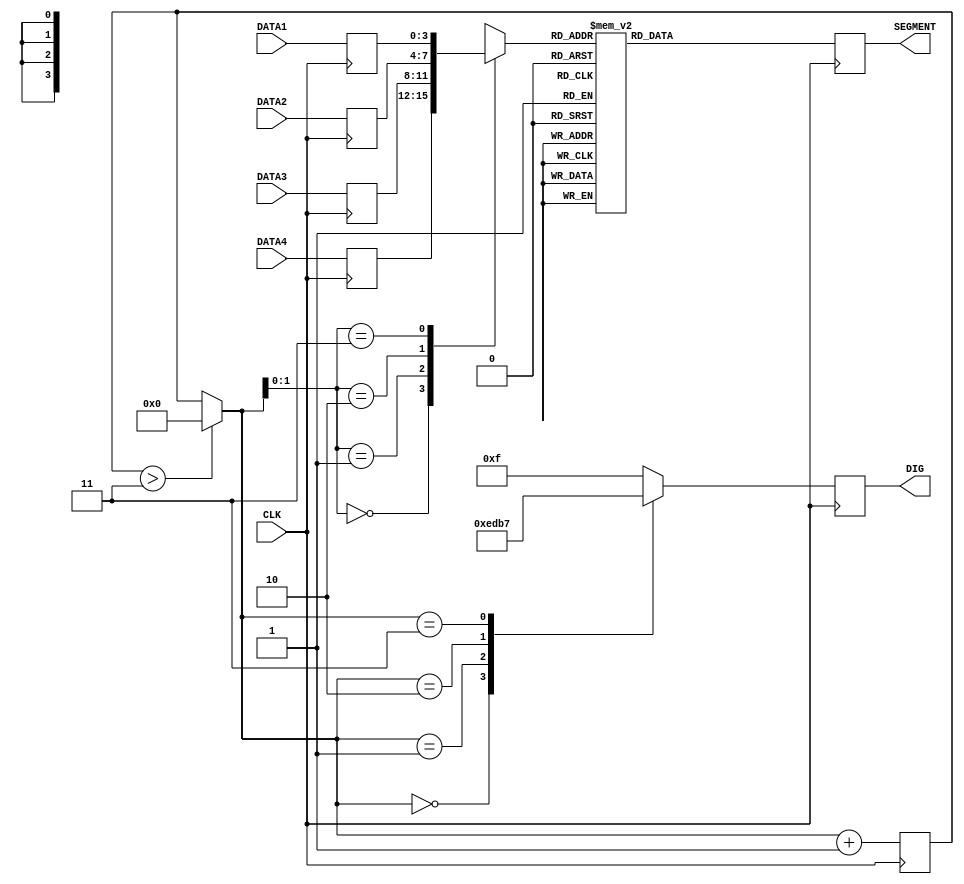
`timescale 1ns / 1ps
//////////////////////////////////////////////////////////////////////////////////
// Company: 
// 
// Design Name: 
// Module Name:    Segment7
// Project Name:   Ultrasound Range finder
// Target Devices: Spartan-3E (XC3S100E)
// Tool versions: Xilinx 14.6
// Description: This driver helps manage the 7-segment display when using
//				a set input clock (60Hz (60/4 Hz) to 240Hz (60/4 = 60Hz)
//				Frequency is divided by 4 because there are 4 7-segment displays.
//
// Dependencies: none
//
// Revision: 
// Revision 0.2 - Set main
// Additional Comments: 
//
//////////////////////////////////////////////////////////////////////////////////
module Segment7HEX(
    input CLK,
    input [3:0] DATA1, // multiple data variables,
	 input [3:0] DATA2, // this version of verilog
	 input [3:0] DATA3, // doesnt support 2D I/O arrays.
	 input [3:0] DATA4,
    output [7:0] SEGMENT,
    output [3:0] DIG
    );
	 reg [7:0] String [9:0];
	 reg [3:0] DigitState; // which digit is selected?
	 reg [7:0] SEGMENT_, DIG_;
	 reg [3:0] DATA [0:3];
	 
	 assign SEGMENT = SEGMENT_;
	 assign DIG = DIG_;
	 
	 initial begin
		DigitState = 0;
	 end
	 
	// run the clock and push the digits to the display.
	 always @(posedge CLK) begin
		DATA[3] <= DATA1; // update the data from inputs
		DATA[2] <= DATA2;
		DATA[1] <= DATA3;
		DATA[0] <= DATA4;

		if(DigitState > 3) DigitState = 0; // reset state
		// set the digit's segments
		SEGMENT_ <= getBCDFromHEX( DATA[DigitState] ); 
		// select the current digit.
		DIG_ <= getSELDigit(DigitState); 
		
		DigitState = DigitState+1; // increment digit state
	 end
	 
	 // Converts HEX character codes to BCD codes via case mapping
	 function [7:0] getBCDFromHEX;
		input [3:0] DataSelect; // HEX code
		begin
			case(DataSelect)
				0: getBCDFromHEX = ~8'b00111111; //ABCDEF      0
				1: getBCDFromHEX = ~8'b00110000; //BC          1
				2: getBCDFromHEX = ~8'b01011011; //ABDEG       2
				3: getBCDFromHEX = ~8'b01001111; //ABCDG       3
				4: getBCDFromHEX = ~8'b01100110; //BCFG        4
				5: getBCDFromHEX = ~8'b01101101; //ACDFG       5
				6: getBCDFromHEX = ~8'b01111101; //ACDEFG      6
				7: getBCDFromHEX = ~8'b00000111; //ABC         7
				8: getBCDFromHEX = ~8'b01111111; //ABCDEFG     8
				9: getBCDFromHEX = ~8'b01100111; //ABCFG       9
				
				10: getBCDFromHEX = ~8'b01110111; //ABCEFG      A
				11: getBCDFromHEX = ~8'b01111100; //CDEFG       b            Lower case
				12: getBCDFromHEX = ~8'b00111001; //ADEF        C
				13: getBCDFromHEX = ~8'b01011110; //BCDEG       d            Lower case
				14: getBCDFromHEX = ~8'b01111001; //ADEFG       E
				15: getBCDFromHEX = ~8'b01110001; //AEFG        F
				
				default: getBCDFromHEX = 8'b11111111;
			endcase
			
		end
	 endfunction
	 
	 // function returns the required code to select a certain 7-segment Anode.
	 function [3:0] getSELDigit;
		input [3:0] digit; // digit id
		begin
			// list of cases
			case(digit)
				0: getSELDigit = ~4'b0001;
				1: getSELDigit = ~4'b0010;
				2: getSELDigit = ~4'b0100;
				3: getSELDigit = ~4'b1000;
				
				default: getSELDigit = ~4'b0000; // select NONE.
			endcase
		end
	 endfunction
endmodule